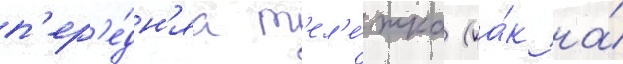
п'ер'е́дн'яа т'ел'е́жка (ка́к на́